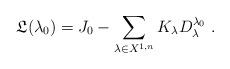
LaTeX: \begin{align*}\mathfrak{L}(\lambda_0) = J_0 - \sum_{\lambda \in X^{1,n}} K_{\lambda} D^{\lambda_0}_{\lambda} \; .\end{align*}